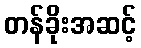
တန်ခိုးအဆင့်